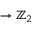
\to \mathbb { Z } _ { 2 }